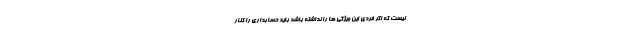
نیست که اگر فردی این ویژگی ها را نداشته باشد باید حسابداری را کنار